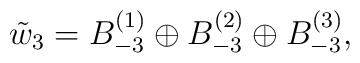
\tilde{w}_3= B_{-3}^{(1)} \oplus B_{-3}^{(2)}\oplus B_{-3}^{(3)},